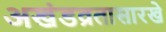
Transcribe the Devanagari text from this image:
अखंडव्रतासारखे